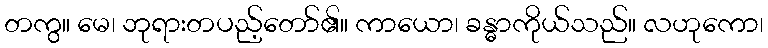
တကွ။ မေ၊ ဘုရားတပည့်တော်၏။ ကာယော၊ ခန္ဓာကိုယ်သည်။ လဟုကော၊